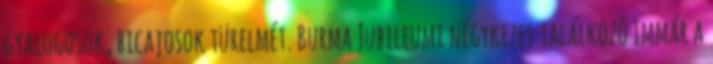
gyalogosok, bicajosok türelmét. Burma Jubileumi négykezes találkozó Immár a